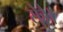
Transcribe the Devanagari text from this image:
सेहै।